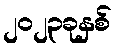
၂၀၂၃ခုနှစ်